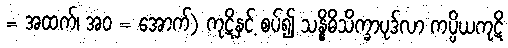
= အထက်၊ အဝ = အောက်) ကုဋိနှင့် စပ်၍ သန္နိဓိသိက္ခာပုဒ်လာ ကပ္ပိယကုဋိ